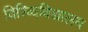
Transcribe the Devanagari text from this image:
विश्व्विविद्यालय